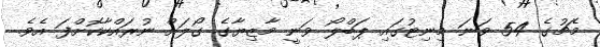
މެޗުގެ 54 ވަނަ މިނިޓުގައި ޕަބްލޯ ވަނީ މާޒިޔާގެ ގޯލަށް ނުރައްކާކޮށްފަ އެވެ.